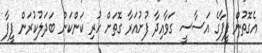
އެގޮތުން ފީފާގެ އަސާސީ ގަވާއިދާ ފުށުއަރާ ގޮތަށް ހުރި ކަންކަން ބަދަލުކުރަން ފީފާ